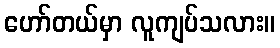
ဟော်တယ်မှာ လူကျပ်သလား။